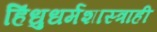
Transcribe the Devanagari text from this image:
हिंधुधर्मशास्त्राही